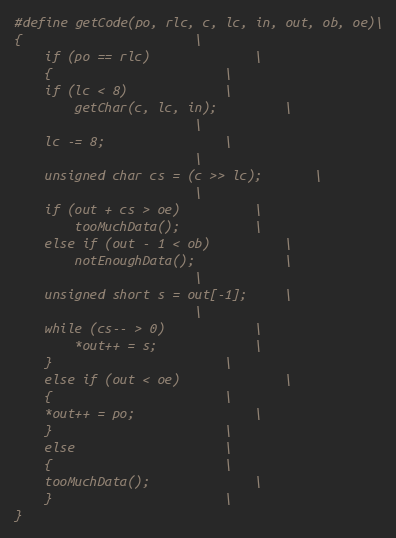
Language: C++
#define getCode(po, rlc, c, lc, in, out, ob, oe)\
{						\
    if (po == rlc)				\
    {						\
	if (lc < 8)				\
	    getChar(c, lc, in);			\
						\
	lc -= 8;				\
						\
	unsigned char cs = (c >> lc);		\
						\
	if (out + cs > oe)			\
	    tooMuchData();			\
	else if (out - 1 < ob)			\
	    notEnoughData();			\
						\
	unsigned short s = out[-1];		\
						\
	while (cs-- > 0)			\
	    *out++ = s;				\
    }						\
    else if (out < oe)				\
    {						\
	*out++ = po;				\
    }						\
    else					\
    {						\
	tooMuchData();				\
    }						\
}